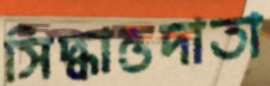
সিদ্ধান্তদাতা